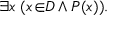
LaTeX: \exists x \; ( x \! \in \! \! D \land P ( x ) ) .